NAE_ERA_R-1950_Eesti_Ajakirjanike_Liit, lk 58
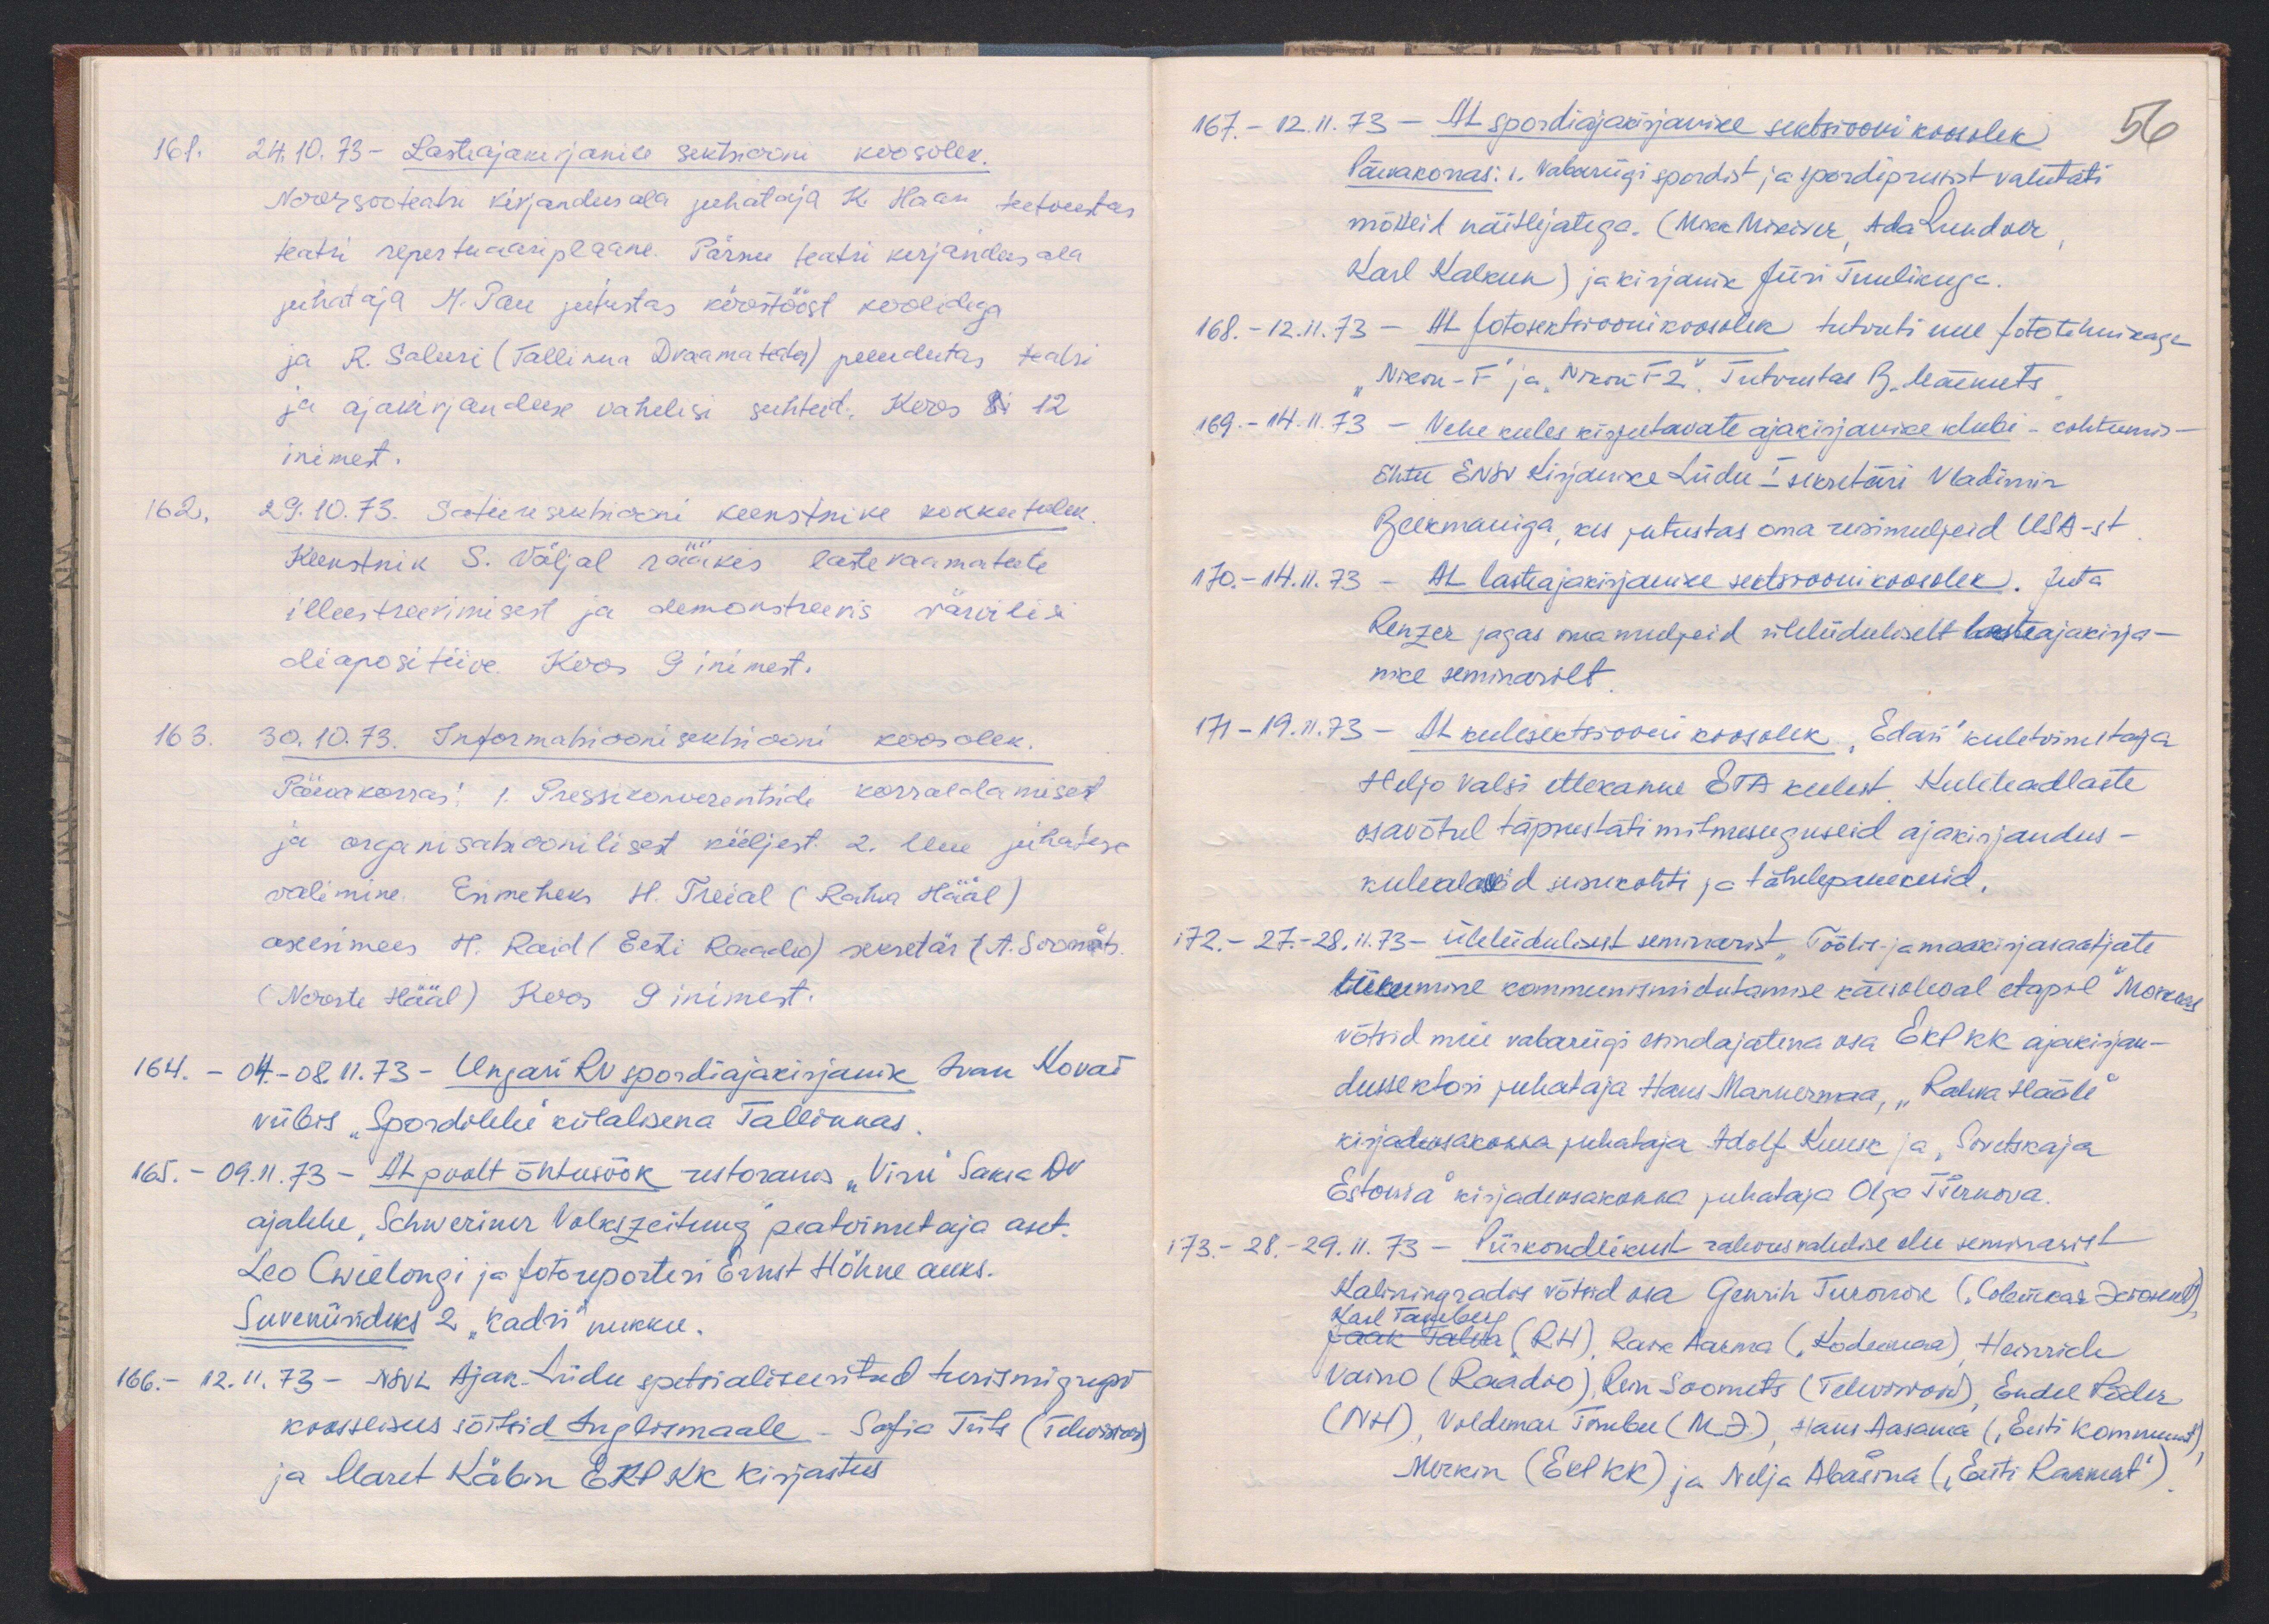
161. 24.10.73 - Lastejakirjanike sektsiooni koosolek.
Noorsooteatri kirjandusala juhataja K. Haan tutvutas
teatri repertuaariplaane. Pärnu teatri kirjandus ala-
juhataja M.Pau jutustas koostööst koolidega
ja R. Saluri (Tallinna Draamateater) puudutas teatri
ja ajakirjanduse vahelisi suhteid. Koos 8i 12
inimest.
162. 29.10.73. Satiirisektsiooni kunstnike kokkutulek
Kunstnik S. Väljal rääkis lastevanematele
illustreerimisest ja demonstreeris värvilisi
diapositiive. Koos 9 inimest.
163. 30.10.73. Informatsioonisektsiooni koosolek.
Päevakorras, 1. Pressikonverentside korraldamisest
ja organisatsioonilisest küljest 2. Uue juhatase
valimine. Esimeheks H. Treial (Rahva Hääl)
aseesimees H. Raid (Eesti Raadio) sekretär A.Soomets.
(Noorte Hääl) Koos 9 inimest.
164. - 04.-08.11.73 - Ungari RV spordiajakirjanik Ivan Kovaš
viibis "Spordilehe" külalisena Tallinnas.
165. - 09.11.73 - AL poolt õhtusöök restoranis "Viru" Saksa DV
ajalehe "Schweriner Volkszeitung" peatoimetaja aset.
Leo Cwielongi ja fotoreporteri Ernst Höhne auks.
Suveniirideks 2 "Kadri" nukku.
166.- 12.11.73 - NSVL Ajak. Liidu spetsialiseeritud turismigrupi
koosseisus sõitsid Inglismaale - Sofia Tiits (Televisioon)
ja Maret Käbin EKP KK kirjastus

167. - 12.11.73 - AL spordiajakirjanike sektsiooni koosolek
56
Päevakorras. 1. Vabariigi spordist ja spordipressist vahetati
mõtteid näitlejatega. (Mikk Mikiver, Ada Lundver
Karl Kalkun) ja kirjanik Jüri Tuulikuga.
168. - 12.11.73 - AL fotosektsiooni koosolek tutvuti uue fototehnikaga
"Nikon-F" ja "Nikon-F2", Tutvustas B. Mäemets
109. - 14.11.73. Vene keeles kirjutavate ajakirjanike klubi - kohtumis-
õhtu ENSV Kirjanike Liidu I  sekretäri Vladimir
Beekmaniga, kes jutustas oma reisimuljeid USA-st
170. - 14.11.73 - AL lasteajakirjanike sektsioonikoosolek. Juta
Renzer jagas oma muljeid üleliiduliselt lasteajakirja-
nike seminarilt
171 - 19.11.73 - AL keelesektsiooni koosolek "Edasi" keeletoimetaja
Heljo Valsi ettekanne ETA keelest. Keeleteadlaste
osavõtul täpsustati mitmesuguseid ajakirjandus-
keelealaseid seisukohti ja tähelepanekuid,
172. - 27.-28.11.73-  üleliidulisest seminarist "Töölis- ja maakirjasaatjate
liikumine kommunismielutamise käesoleval etapil" Moskvas
võtsid meie vabariigi esindajatena osa EKP KK ajakirjan-
dussektori juhataja Hans Mannermaa, "Rahva Hääle"
kirjadusosakonna juhataja Adolf Kuusk ja "Sovetskaja
Estonia" kirjadeosakonna juhataja Olga Tšernova.
173. - 28.-29.11. 73 - Piirkondlikust rahvusvahelise elu seminarist
Kaliningradis võttis osa Genrih Turonok (Советсая дсолка)
Karl Tamberg
Jaak Talva (RH), Raik Aarma ("Kodumaa) Heinrich
Vaino (Raadio) Rein Soomets (Televisioon), Endel Põder
(NH), Voldemar Tombu (M.D), Hans Aasama ("Eesti kommunist)
Merkin (EKPKK) ja Nelja Abašina ("Eesti Raamat")